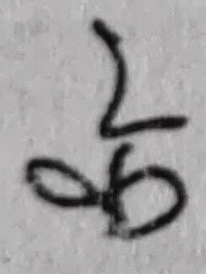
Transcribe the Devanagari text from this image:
ल्क